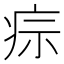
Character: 𤵫